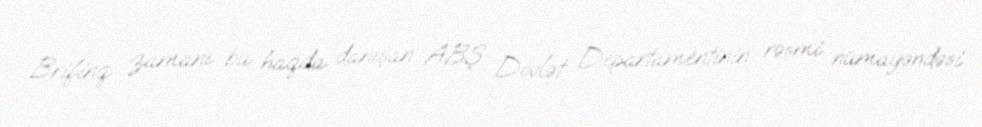
Brifinq zamanı bu haqda danışan ABŞ Dövlət Departamentinin rəsmi nümayəndəsi